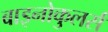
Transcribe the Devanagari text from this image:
बाइनोकुलर्स